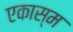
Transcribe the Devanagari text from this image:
एकास्म